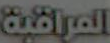
المراقبة